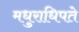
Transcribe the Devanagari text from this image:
मधुराधिपते